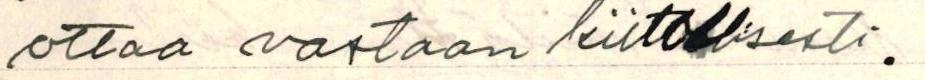
ottaa vastaan kiitollisesti.